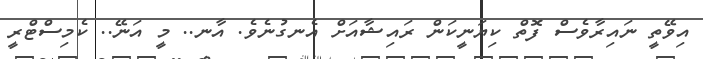
އިވޭތީ ނައިރާވެސް ފޮތް ކިޔަނީކަން ރައިޝާއަށް އެނގުނެވެ. އާނ.. މީ އަނޭ.. ކެމިސްޓްރީ